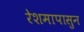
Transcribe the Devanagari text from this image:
रेशमापासुन